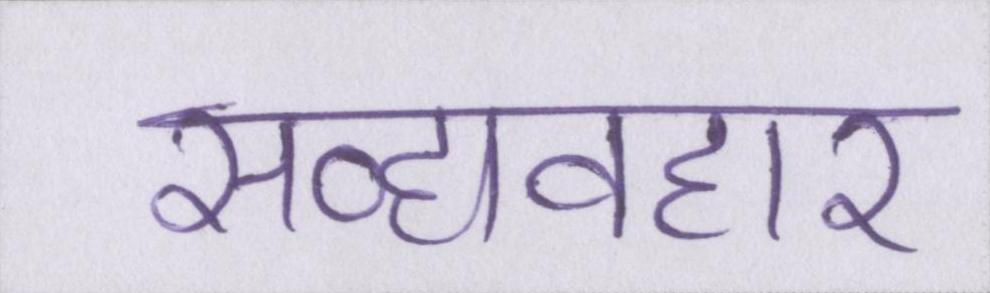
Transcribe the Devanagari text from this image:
सद्व्यवहार